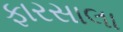
ફારસાલા